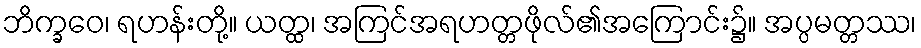
ဘိက္ခဝေ၊ ရဟန်းတို့။ ယတ္ထ၊ အကြင်အရဟတ္တဖိုလ်၏အကြောင်း၌။ အပ္ပမတ္တဿ၊